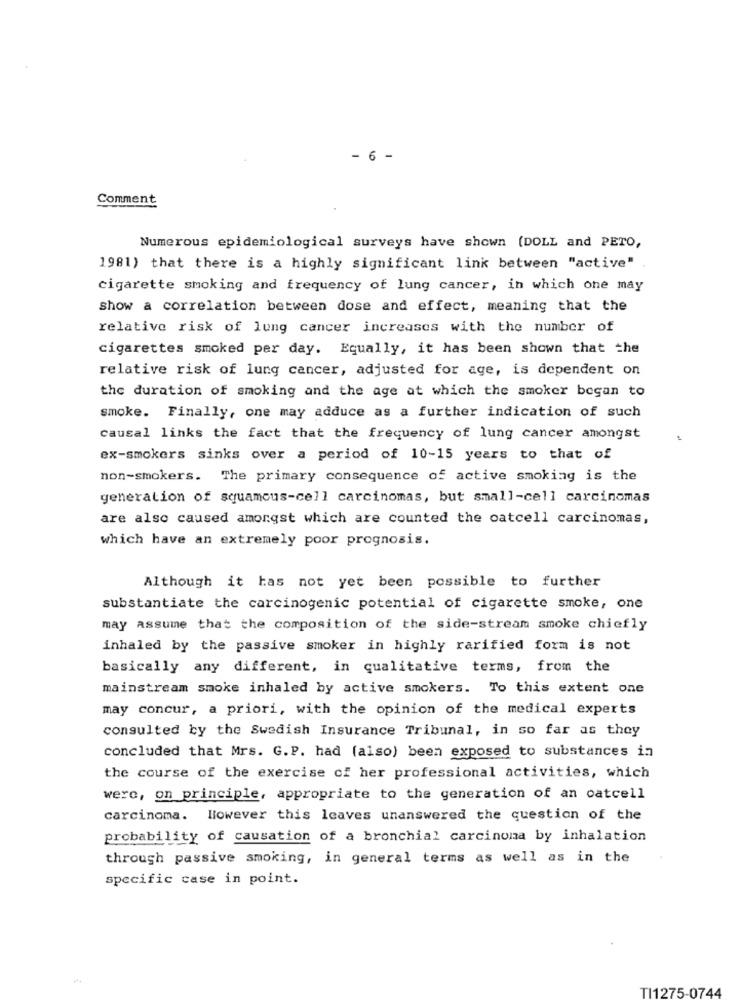
- 6 -
Comment
Numerous epidemiological surveys have shown (DOLL and PETO,
1981) that there is a highly significant link between "active"
cigarette smoking and frequency of lung cancer, in which one may
show a correlation between dose and effect, meaning that the
relative risk of lung cancer increases with the number of
cigarettes smoked per day. Equally, it has been shown that the
relative risk of lung cancer, adjusted for age, is dependent on
the duration of smoking and the age at which the smoker began to
smoke. Finally, one may adduce as a further indication of such
causal links the fact that the frequency of lung cancer amongst
ex-smokers sinks over a period of 10-15 years to that of
non-smokers. The primary consequence of active smoking is the
generation of squamous-cell carcinomas, but small-cell carcinomas
are also caused amongst which are counted the oatcell carcinomas,
which have an extremely poor prognosis.
Although it has not yet been possible to further
substantiate the carcinogenic potential of cigarette smoke, one
may assume that the composition of the side-stream smoke chiefly
inhaled by the passive smoker in highly rarified form is not
basically any different, in qualitative terms, from the
mainstream smoke inhaled by active smokers. To this extent one
may concur, a priori, with the opinion of the medical experts
consulted by the Swedish Insurance Tribunal, in so far as they
concluded that Mrs. G.P. had (also) been exposed to substances in
the course of the exercise cf her professional activities, which
were, on principle, appropriate to the generation of an oatcell
carcinoma. However this leaves unanswered the question of the
probability of causation of a bronchial carcinoma by inhalation
through passive smoking, in general terms as well as in the
specific case in point.
TI1275-0744